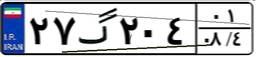
۲۷گ۲۰۴۰۱